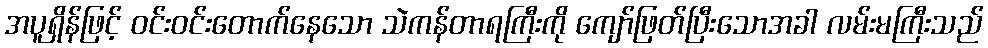
အပူရှိန်ဖြင့် ဝင်းဝင်းတောက်နေသော သဲကန်တာရကြီးကို ကျော်ဖြတ်ပြီးသောအခါ လမ်းမကြီးသည်